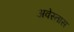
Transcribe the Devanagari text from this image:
अवेस्तास